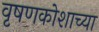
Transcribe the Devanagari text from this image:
वृषणकोशाच्या